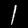
Label: 1